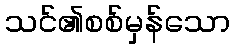
သင်၏စစ်မှန်သော